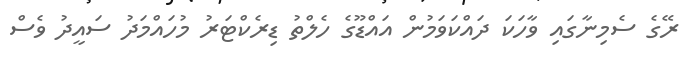
ރޭގެ ސެމިނާގައި ވާހަކަ ދައްކަވަމުން އައްޑޫގެ ހެލްތު ޑިރެކްޓަރު މުހައްމަދު ސައީދު ވެސް